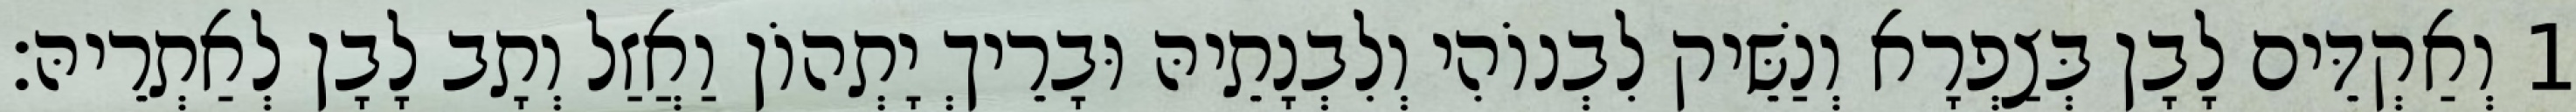
1 וְאַקְדֵּים לָבָן בְּצַפְרָא וְנַשֵּׁיק לִבְנוֹהִי וְלִבְנָתֵיהּ וּבָרֵיךְ יָתְהוֹן וַאֲזַל וְתָב לָבָן לְאַתְרֵיהּ׃